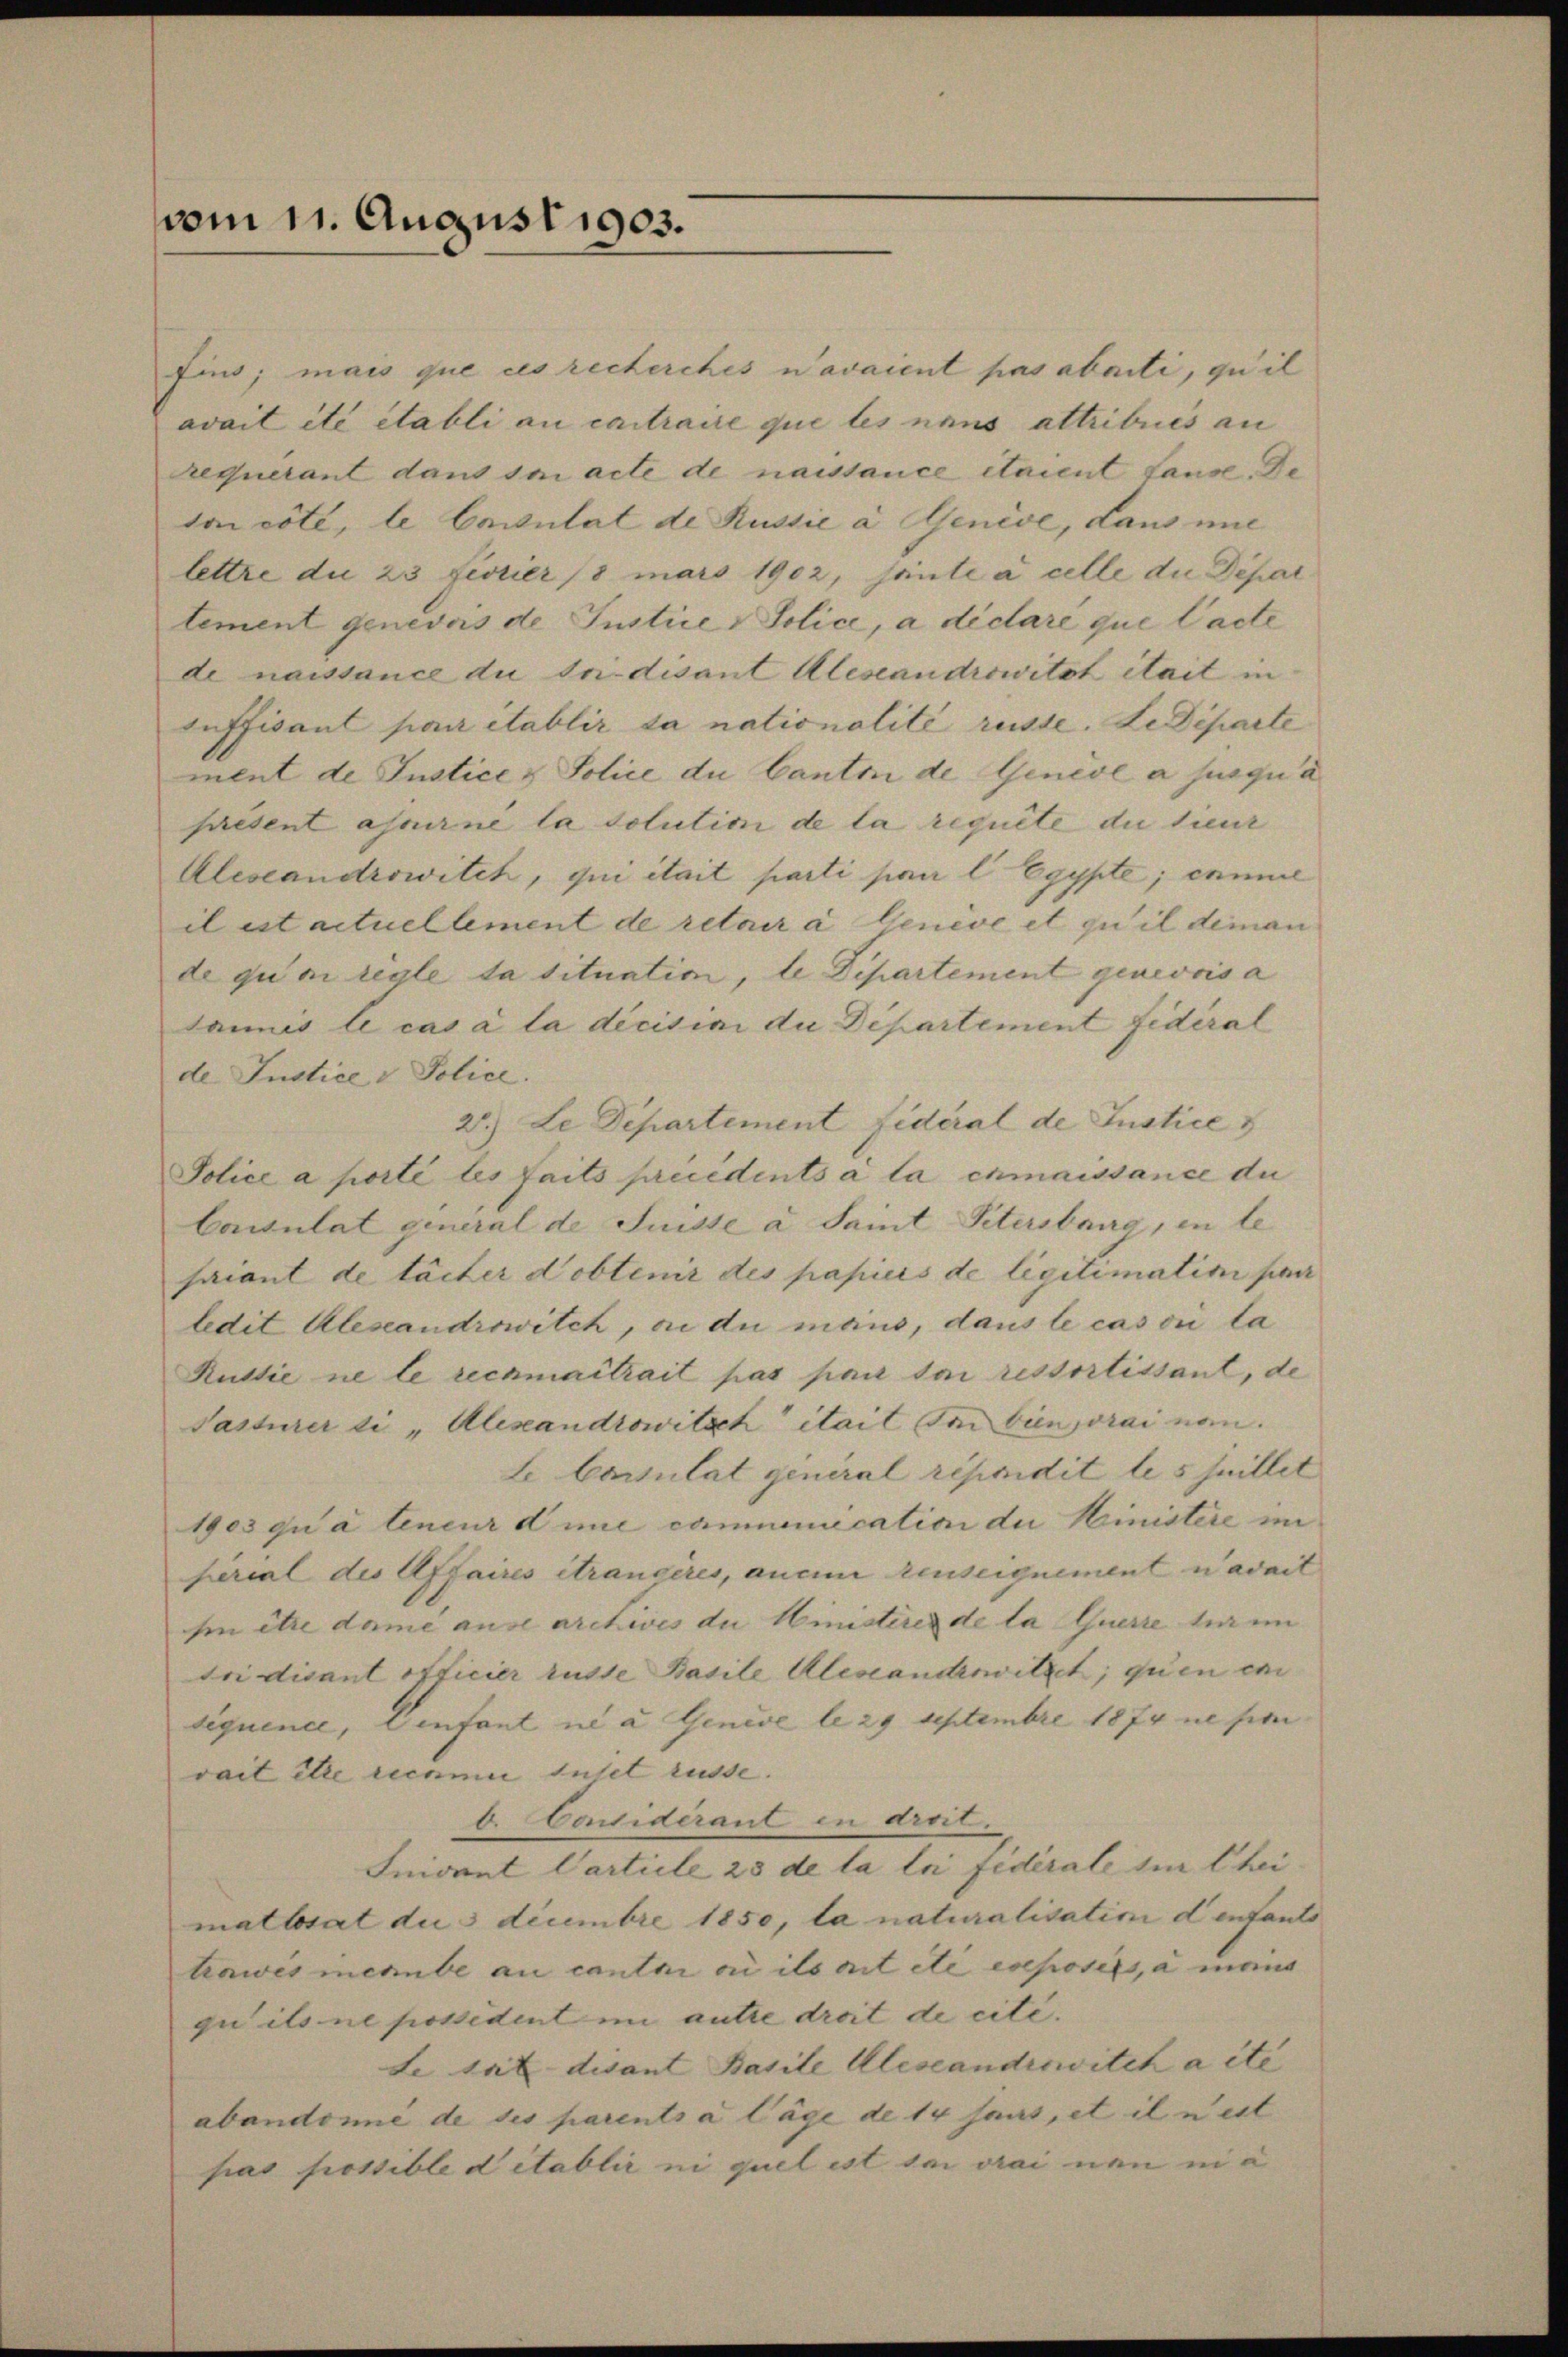
vom 11. August 1903.

fins; mais que ces recherches n’avaient pas abuiti, quil
avait été établi au contraire que les neus attribues an
requerant dans sei acte de naissance étaient Lause. De
son côté, le Consulat de Russie a Genève, Laus mit
lettre die 23 Fevrier (8 mars 1902, sante à celle die Depar
tement genevois de Justice - Police, à didaré que l’acte
de naissance du fridisant Aleseandrowitzt itait in
Inffisant par établir sa nationalité rüsse. Le Departe
ment de Justice & Police du Canton de Genève a jusqu’à
saesent assirne la solution de la requite die sieur
Alescandrowitzh, qui était parti par l Egypte; comme
il est actuellement de retaira Genève et qu’il deman
de quoi règle da situation, le Departement genevois a
sannes le cas à la décision die Departement fidéral
de Justice & Police.
2.) Le Departement fidéral de Justice
Police a porté les faits prcedents à la cnmaissance du
Consulat general de Suisse à Saint Petersbana, in le
sariant de tacter Nobtenir des papiers de legitimatini pa
ledit Aleseandrowitch, an die maus, dans le casori la
Kutdie ne le rechmaitrait pas par sei ressortissant, de
Tasterer li "Alexandrowitsch itait um bien orai nau.
Le Cartulat general répridit les heillet
1903 qua leneur die communication der Ministere im
perial des Affaires étrangères, anein reuseignement nadmit
hin etze dami ause archives die Ministeres de la querre ter im
tri disant officier rüste Basile Alestanderwitzet, qu’en en
siquence, Genfant né à Genève le 29 Septembre 1874 ne pe
vait itte remmi tutet rüsse. |
b. Considérant in droit.
Inident Carticle 23 de la loi fédérale ein Thei
matlosat des Decembre 1850, la naturalisation denfants
tawes menube au cante ou ils ait etc eseposits, à mens
gu ils ne possident im autre droit de cité.
de trit disant Basile Alescandiswitch aite |
abandonné de ses parents à läge de 14 haus, et il nest
pas possible détablir ni quel ist sei vrai neu in a